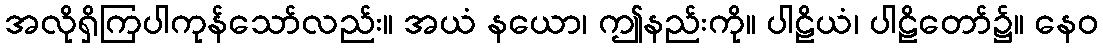
အလိုရှိကြပါကုန်သော်လည်း။ အယံ နယော၊ ဤနည်းကို။ ပါဠိယံ၊ ပါဠိတော်၌။ နေဝ